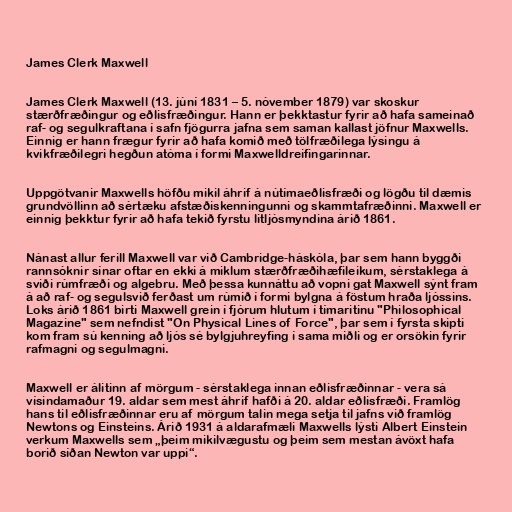
James Clerk Maxwell

James Clerk Maxwell (13. júní 1831 – 5. nóvember 1879) var skoskur
stærðfræðingur og eðlisfræðingur. Hann er þekktastur fyrir að hafa sameinað
raf- og segulkraftana í safn fjögurra jafna sem saman kallast jöfnur Maxwells.
Einnig er hann frægur fyrir að hafa komið með tölfræðilega lýsingu á
kvikfræðilegri hegðun atóma í formi Maxwelldreifingarinnar.

Uppgötvanir Maxwells höfðu mikil áhrif á nútímaeðlisfræði og lögðu til dæmis
grundvöllinn að sértæku afstæðiskenningunni og skammtafræðinni. Maxwell er
einnig þekktur fyrir að hafa tekið fyrstu litljósmyndina árið 1861.

Nánast allur ferill Maxwell var við Cambridge-háskóla, þar sem hann byggði
rannsóknir sínar oftar en ekki á miklum stærðfræðihæfileikum, sérstaklega á
sviði rúmfræði og algebru. Með þessa kunnáttu að vopni gat Maxwell sýnt fram
á að raf- og segulsvið ferðast um rúmið í formi bylgna á föstum hraða ljóssins.
Loks árið 1861 birti Maxwell grein í fjórum hlutum í tímaritinu "Philosophical
Magazine" sem nefndist "On Physical Lines of Force", þar sem í fyrsta skipti
kom fram sú kenning að ljós sé bylgjuhreyfing í sama miðli og er orsökin fyrir
rafmagni og segulmagni.

Maxwell er álitinn af mörgum - sérstaklega innan eðlisfræðinnar - vera sá
vísindamaður 19. aldar sem mest áhrif hafði á 20. aldar eðlisfræði. Framlög
hans til eðlisfræðinnar eru af mörgum talin mega setja til jafns við framlög
Newtons og Einsteins. Árið 1931 á aldarafmæli Maxwells lýsti Albert Einstein
verkum Maxwells sem „þeim mikilvægustu og þeim sem mestan ávöxt hafa
borið síðan Newton var uppi“.